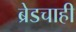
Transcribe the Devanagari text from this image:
ब्रेडचाही